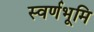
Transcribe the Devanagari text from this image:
स्वर्णभूमि